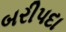
બરીપદા